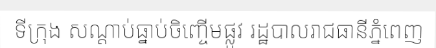
ទីក្រុង សណ្តាប់ធ្នាប់ចិញ្ចើមផ្លូវ រដ្ឋបាលរាជធានីភ្នំពេញ